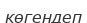
көгендеп